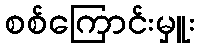
စစ်ကြောင်းမှူး